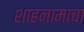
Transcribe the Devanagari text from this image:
शाहनामाचा